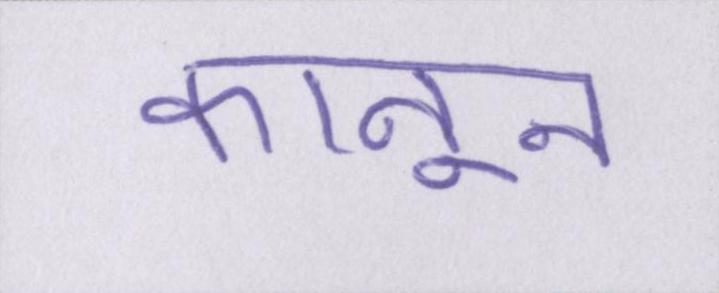
कानून